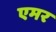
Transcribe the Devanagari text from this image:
एमर